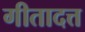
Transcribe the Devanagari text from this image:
गीतादत्त